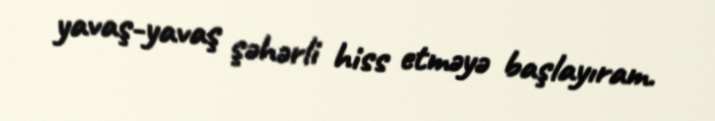
yavaş-yavaş şəhərli hiss etməyə başlayıram.